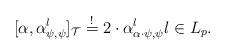
LaTeX: \begin{align*}[\alpha,\alpha^l_{\psi,\psi}]_{\mathcal{T}}\stackrel{!}{=}2 \cdot \alpha^l_{\alpha \cdot \psi, \psi} l\in L_p. \end{align*}